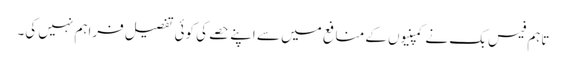
تاہم فیس بک نے کمپنیوں کے منافع میں سے اپنے حصے کی کوئی تفصیل فراہم نہیں کی۔